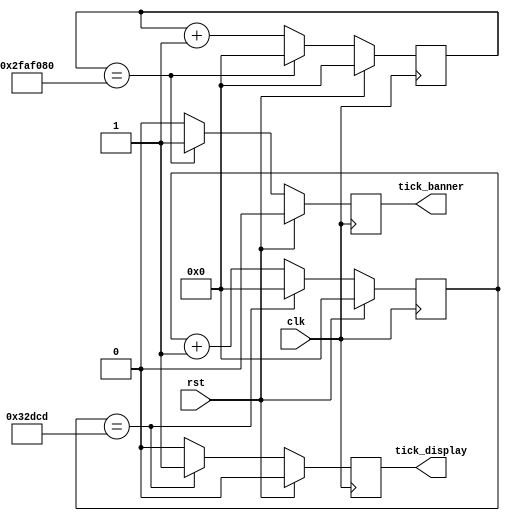
// -----------------------------------------------------------------------------
// Autor: Angel Terrones <aterrones@usb.ve>
// Modulo: clock divider
// -----------------------------------------------------------------------------
`default_nettype none
`timescale 1ns / 1ps

module clk_div #(
                 parameter CLK_XTAL    = 50000000,
                 parameter CLK_DISPLAY = 240,
                 parameter CLK_BANNER  = 1
                 )(
                   input wire clk,
                   input wire rst,
                   output reg tick_display,
                   output reg tick_banner
                   );
    //--------------------------------------------------------------------------
    //WARNING: (CLK_DISPLAY/CLK_BANNER) % 4 == 0

    //dos contadores para crear un clock de 1 hz (tick_banner) y otro de 60 hz (tick_display)
    reg [25:0] cnt1, cnt2;

    always @(posedge clk) begin
      
      //cuando el contador llega a 50 Mhz/1 se resetea y al mismo tiempo hace que tickbanner valga 1, inmediatamente despues tickbaner vale cero
      //hasta que ocurra la condicion de nuevo. Esto transforma a tickbanner a 1 hz. (recuerda que el clock es de 50Mhz por segundo)
      if(~rst)begin      

        if(cnt1 == CLK_XTAL/CLK_BANNER) begin
          cnt1 <= 0;
        end else begin
          cnt1 <= cnt1+1;
        end
      
        tick_banner <= (cnt1 == CLK_XTAL/CLK_BANNER)? 1:0;

        //cuando el contador llega a 50 Mhz/60 se resetea y al mismo tiempo hace que tickdisplay valga 1, inmediatamente despues tickdisplay
        //vale cero hasta que ocurra la condicion de nuevo. Esto transforma a tickdisplay a 60 hz, 60 veces por segundo.
        //(recuerda que el clock es de 50Mhz por segundo).    
        if(cnt2 == CLK_XTAL/CLK_DISPLAY) begin
          cnt2 <= 0;
        end else begin
          cnt2 <= cnt2+1;
        end
      
        tick_display <= (cnt2 == CLK_XTAL/CLK_DISPLAY)? 1:0;

        //Si presionan reset, reinicia los contadores y baja las seales de tickbanner y tickdisplay    
      end else begin
        cnt1 <= 0;
        cnt2<=0;
        tick_banner <= 0;
        tick_display <= 0;
      end // end else
      
    end // always @(posedge clk)


    //--------------------------------------------------------------------------
endmodule // clk_div
// EOF